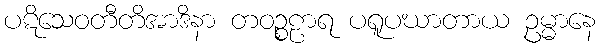
ပဋိသေဝတီတိအာဒိနာ တဝဉ္စဠာရ ပရူပဃာတာယ ဥမ္မာနေ